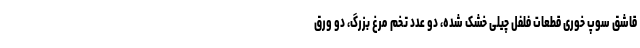
قاشق سوپ خوری قطعات فلفل چیلی خشک شده، دو عدد تخم مرغ بزرگ، دو ورق